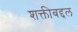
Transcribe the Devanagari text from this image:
शक्तीबद्दल